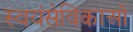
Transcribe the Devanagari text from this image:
स्वयंसेविकाओं